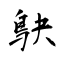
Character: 鴃